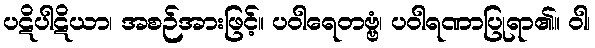
ပဋိပါဋိယာ၊ အစဉ်အားဖြင့်။ ပဝါရေတဗ္ဗံ၊ ပဝါရဏာပြုရာ၏။ ဝါ၊